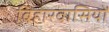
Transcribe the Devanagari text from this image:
बिहारवासियों